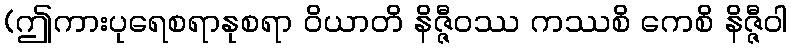
(ဤကားပုရေစရာနုစရာ ဝိယာတိ နိဇ္ဇီဝဿ ကဿစိ ကေစိ နိဇ္ဇီဝါ